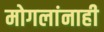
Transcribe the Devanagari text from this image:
मोगलांनाही